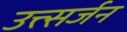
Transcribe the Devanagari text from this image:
उत्त्सर्जन